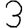
Digit: 3